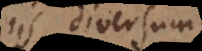
iis diversum